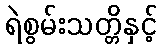
ရဲစွမ်းသတ္တိနှင့်